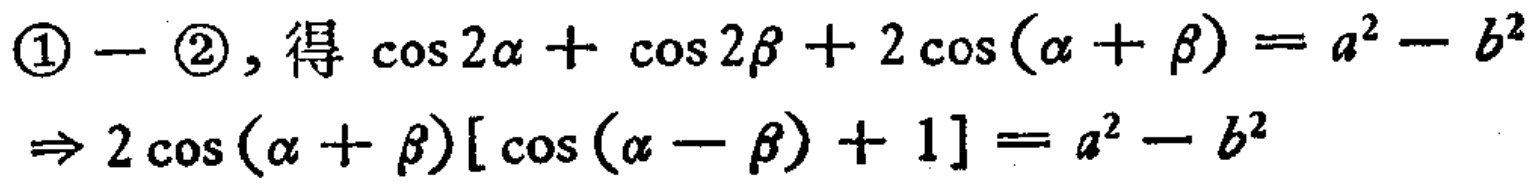
\textcircled{1}$-$\textcircled{2}, 得 $\cos 2\alpha+\cos 2\beta + 2\cos(\alpha + \beta)=a^{2}-b^{2}$

$\Rightarrow 2\cos(\alpha + \beta)[\cos(\alpha - \beta)+1]=a^{2}-b^{2}$